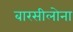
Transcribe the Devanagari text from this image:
बारसीलोना